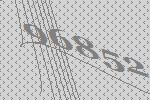
96852